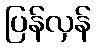
ပြန်လှန်